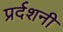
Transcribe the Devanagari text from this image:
प्रर्दशनी